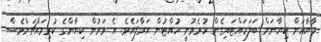
މާޔާއަށް ކިޔާނަށް ބަލަހައްޓައިގެން ހުރެވުނީ ހުއްޓުން އަރާފައެވެ. އެ ވަރުން ކިޔާންގެ ކުރިމައްޗަށްވެސް